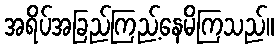
အရိပ်အခြည်ကြည့်နေမိကြသည်။